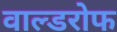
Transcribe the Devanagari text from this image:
वाल्डरोफ